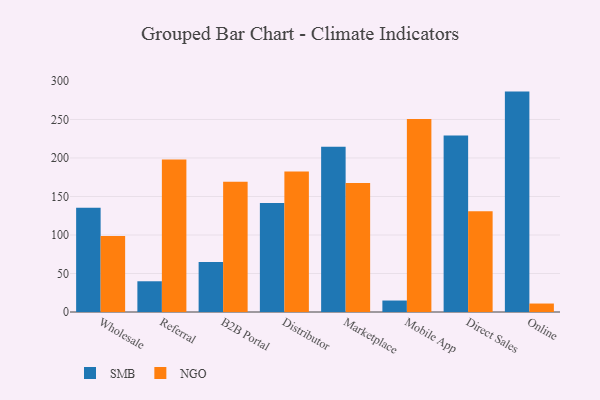
{"axis": {"x": "Channel", "y": "Active Users"}, "legend": ["NGO", "SMB"], "data": [{"x": "Wholesale", "y": 135.4, "type": "SMB"}, {"x": "Wholesale", "y": 98.6, "type": "NGO"}, {"x": "Referral", "y": 39.9, "type": "SMB"}, {"x": "Referral", "y": 197.9, "type": "NGO"}, {"x": "B2B Portal", "y": 64.8, "type": "SMB"}, {"x": "B2B Portal", "y": 169.1, "type": "NGO"}, {"x": "Distributor", "y": 141.4, "type": "SMB"}, {"x": "Distributor", "y": 182.3, "type": "NGO"}, {"x": "Marketplace", "y": 214.6, "type": "SMB"}, {"x": "Marketplace", "y": 167.4, "type": "NGO"}, {"x": "Mobile App", "y": 14.9, "type": "SMB"}, {"x": "Mobile App", "y": 250.6, "type": "NGO"}, {"x": "Direct Sales", "y": 229.1, "type": "SMB"}, {"x": "Direct Sales", "y": 130.8, "type": "NGO"}, {"x": "Online", "y": 286.2, "type": "SMB"}, {"x": "Online", "y": 11.0, "type": "NGO"}]}